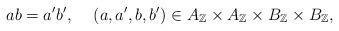
LaTeX: \begin{align*}ab=a'b' ,\,\,\,\,\,\,\,(a,a',b,b') \in A_{\mathbb Z} \times A_{\mathbb Z} \times B_{\mathbb Z} \times B_{\mathbb Z},\end{align*}